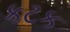
કટક